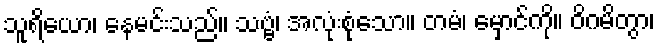
သူရိယော၊ နေမင်းသည်။ သဗ္ဗံ၊ အလုံးစုံသော။ တမံ၊ မှောင်ကို။ ဝိဂမိတွာ၊